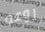
روعة